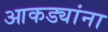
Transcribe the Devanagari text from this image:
आकड्यांना